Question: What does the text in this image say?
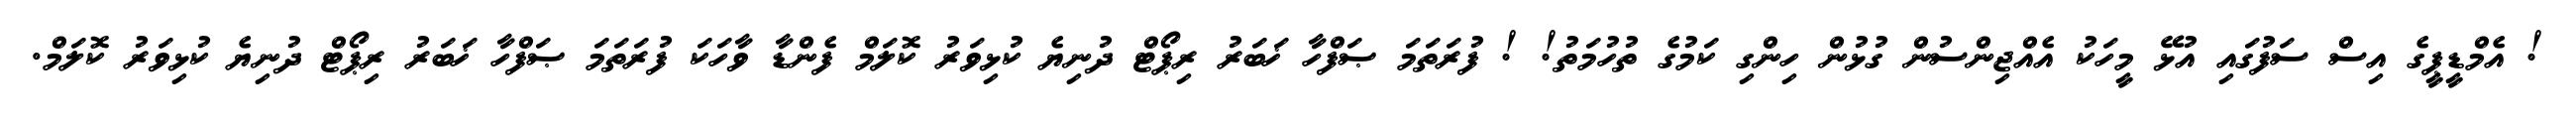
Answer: ! އެމްޑީޕީގެ އިސް ސަފުގައި އުޅޭ މީހަކު އެއްޖިންސުން ގުޅުން ހިންގި ކަމުގެ ތުހުމަތު! ! ފުރަތަމަ ޞަފްހާ ޚަބަރު ރިޕޯޓް ދުނިޔެ ކުޅިވަރު ކޮލަމް ފެންޑާ ވާހަކަ ފުރަތަމަ ޞަފްހާ ޚަބަރު ރިޕޯޓް ދުނިޔެ ކުޅިވަރު ކޮލަމް.